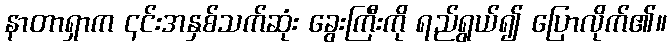
နာတာရှာက ၎င်းအနှစ်သက်ဆုံး ခွေးကြီးကို ရည်ရွယ်၍ ပြောလိုက်၏။